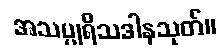
အသပ္ပုရိသဒါနသုတ်။